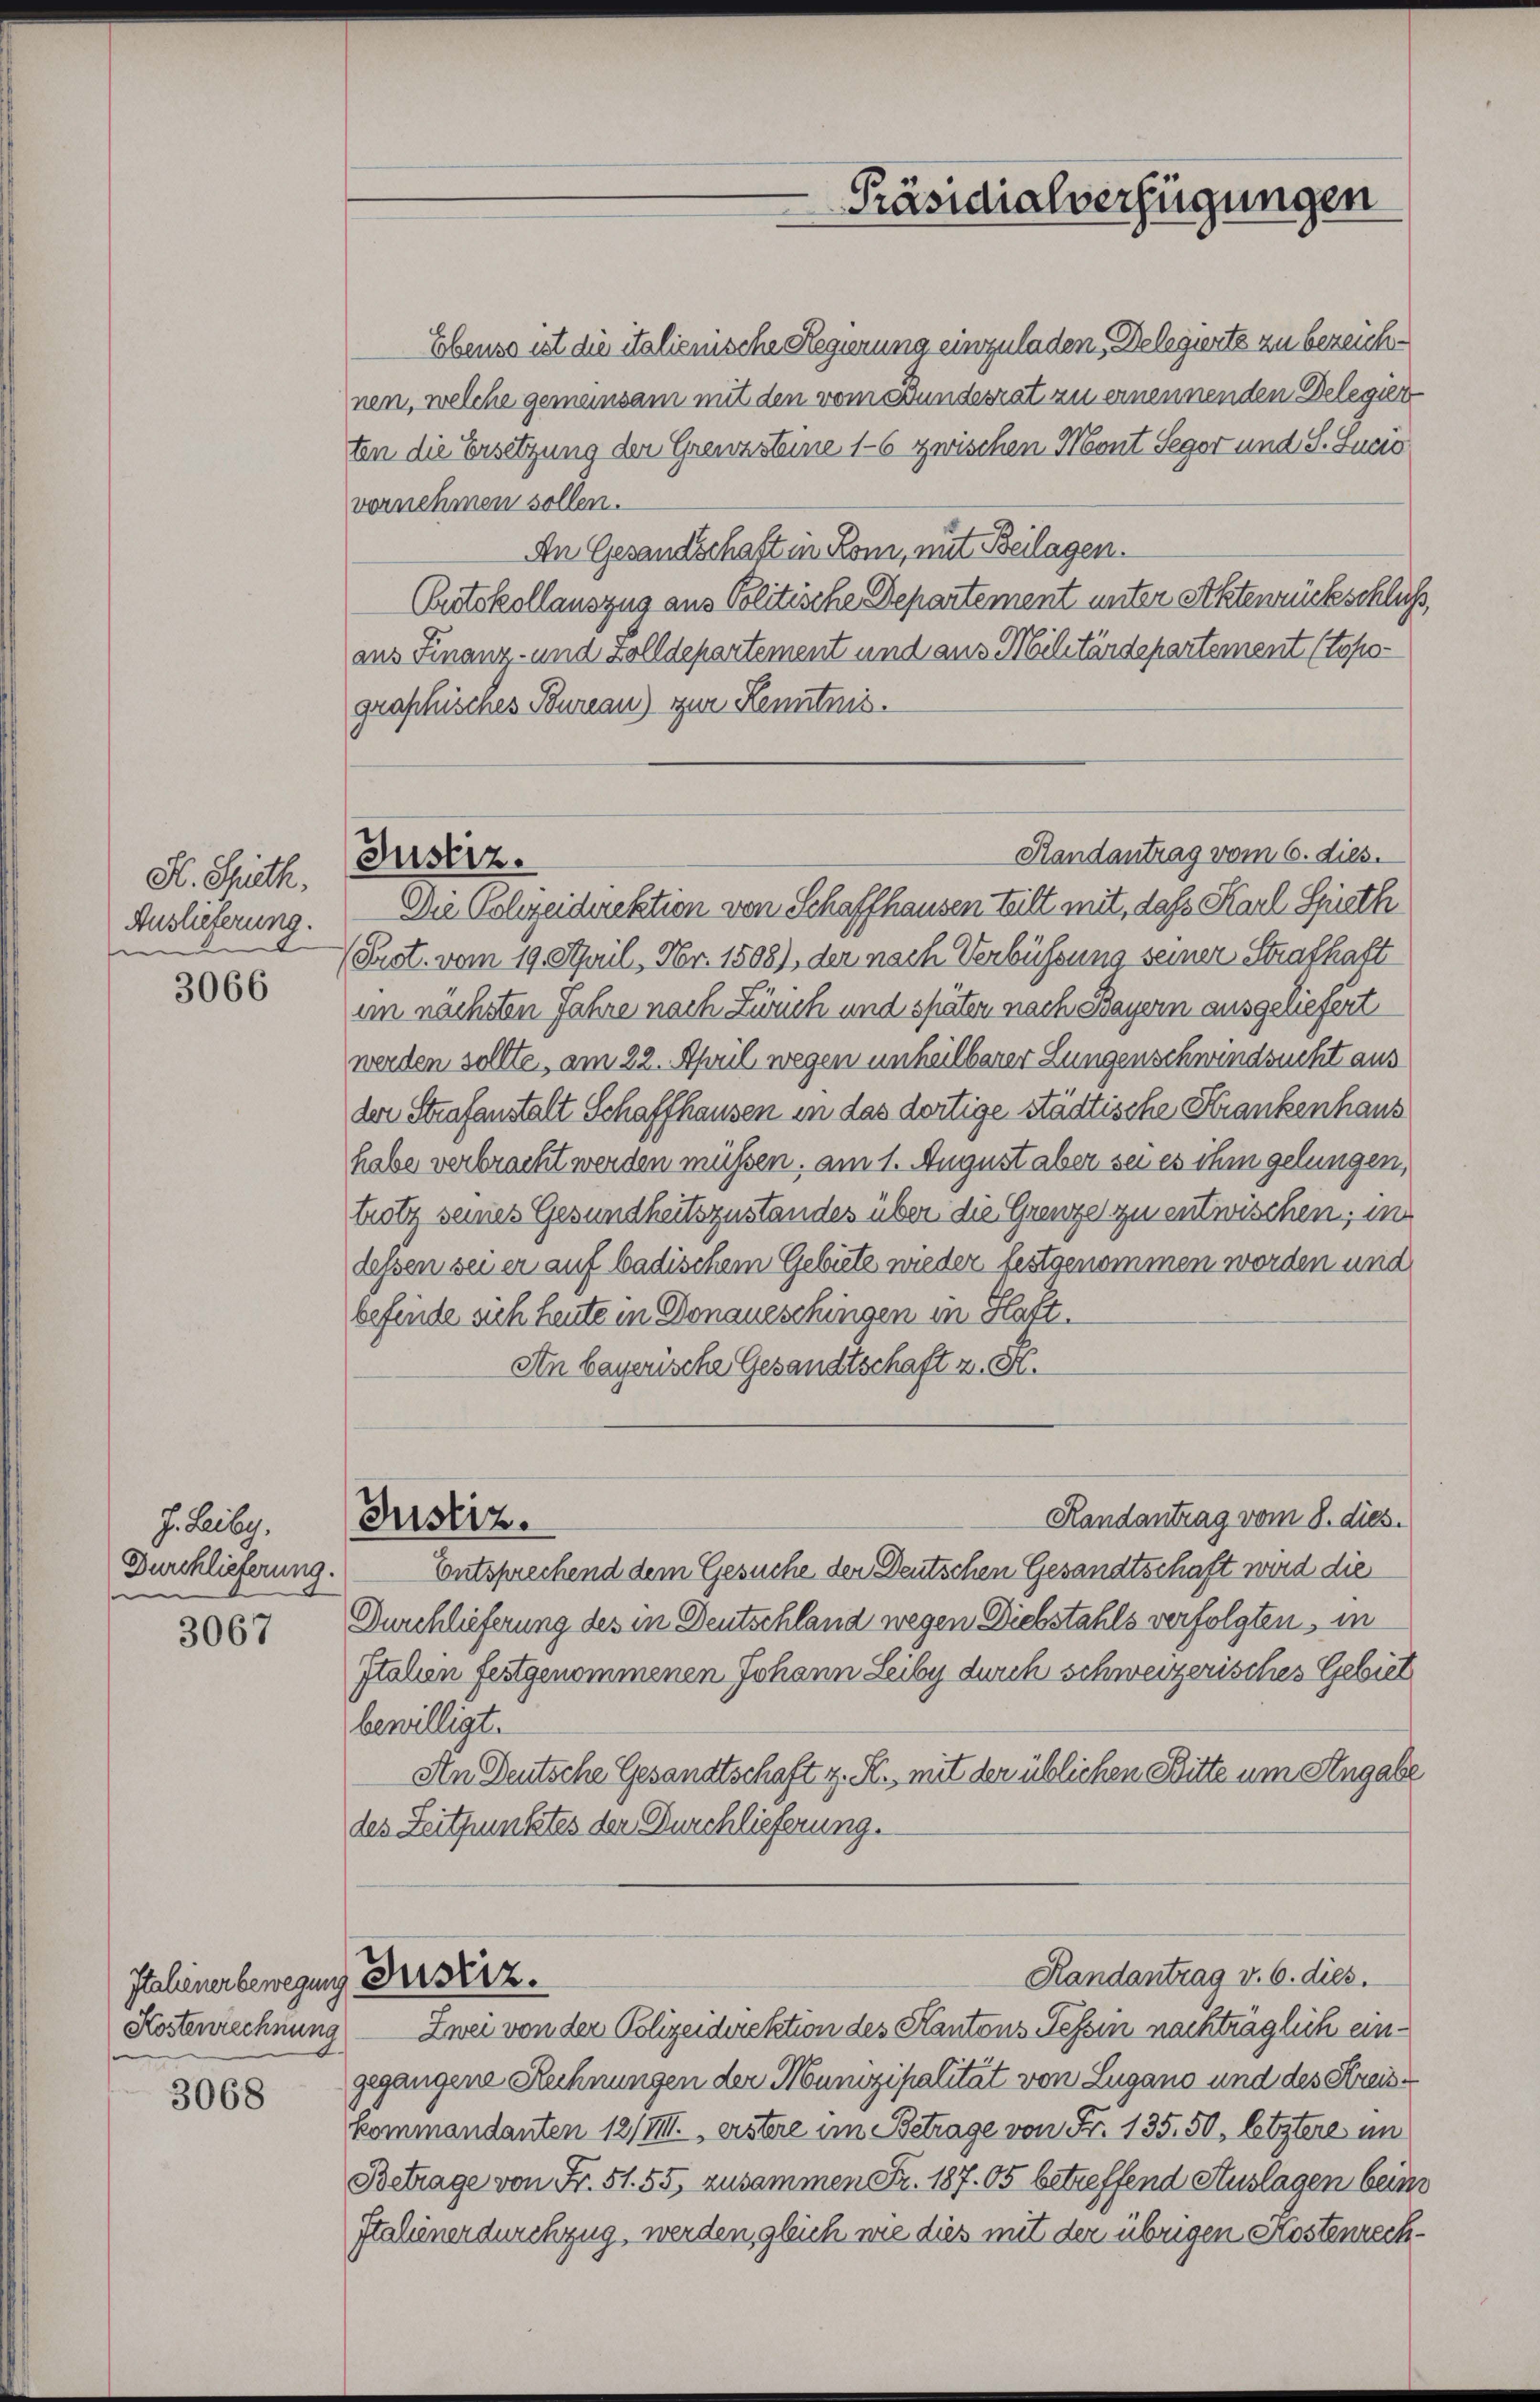
H. Mieth,
Auslieferung.
e

3066

J. Leibg.
Durchlieferung.
d

3067

Italiener bewegung Bisiz.

3068

Randantrag vom 6. dies.
Justiz.
Die Polizeidirektion von Schaffhausen teilt mit, daß Karl Spieth

Ebenso ist die italienische Regierung einzuladen, Delegierte zu bezeichnen, welche gemeinsam mit den vom Bundesrat zu ernennenden Delegier
ten die Ersetzung der Grenzsteine 1-6 zwischen Mont Segor und S. Sucio
vornehmen sollen.
An Gesandschaft in Rom, mit Beilagen.
Putskollauszug aus Politische Departement unter Aktenrückschlichaus Finanz- und Zolldepartement und aus Militärdepartement (topographisches Bureau) zur Kenntnis.
(Prot. vom 19. Stail, Nr. 1508), der nach Verbüssung seiner Strafhaft
am nächsten Jahre nach Zürich und später nach Bayern ausgeliefert
werden sollte, am 22. April wegen unheilbarer Lungenschwindsucht aus
der Strafanstalt Schaffhausen in das dortige städtische Krankenhaus
habe verbracht werden müssen, am 1. August aber sei es ihm gelungen,
trotz seines Gesundheitszustandes über die Grenze zu entwischen; in
lessen sei er auf badischem Gebiete wieder festgenommen worden und
befinde sich heute in Donaueschingen in Haft.
An bayerische Gesandtschaft z. S.
Handantrag vom 8. dies.
Justiz.
Entsprechend dem Gesuche der Deutschen Gesandtschaft wird die
Durchlieferung des in Deutschland wegen Diebstahls verfolgten, in
Italien festgenommenen Johann Leiby durch schweizerisches Gebiet
bewilligt.
An Deutsche Gesandtschaft z. R., mit der üblichen Bitte um Angabe
des Zeitpunktes der Durchlieferung.
Handantrag v. 6. dies.
Kostenrechnung — Zwei von der Polizeidirektion des Kantons Tessin nachträglich eingegangene Rechnungen der Munizipalität von Lugano und des Kreiskommandanten 12/IIII., erstere im Betrage von Fr. 135. 50, letztere im
Betrage von Fr. 51. 55, zusammen Fr. 187. 05 betreffend Auslagen beim
Italienerdurchzug, werden gleich wie dies mit der übrigen Kostenrech¬

Präsidialverfügungen